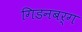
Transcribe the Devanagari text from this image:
गिडनबर्ग